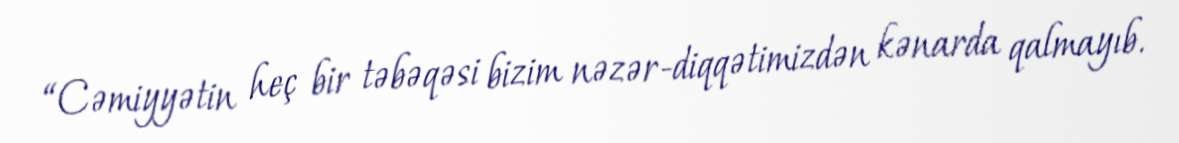
“Cəmiyyətin heç bir təbəqəsi bizim nəzər-diqqətimizdən kənarda qalmayıb.